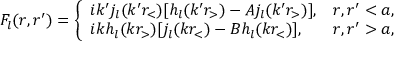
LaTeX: { F } _ { l } ( r , r ^ { \prime } ) = \left\{ \begin{array} { l l } { { i k ^ { \prime } j _ { l } ( k ^ { \prime } r _ { < } ) [ h _ { l } ( k ^ { \prime } r _ { > } ) - A j _ { l } ( k ^ { \prime } r _ { > } ) ] , } } & { { r , r ^ { \prime } < a , } } \\ { { i k h _ { l } ( k r _ { > } ) [ j _ { l } ( k r _ { < } ) - B h _ { l } ( k r _ { < } ) ] , } } & { { r , r ^ { \prime } > a , } } \end{array} \right.